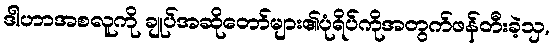
ဒါဟာအစလူကို ချုပ်အဆိုတော်များ၏ပုံရိပ်ကိုအတွက်ဖန်တီးခဲ့သှ,